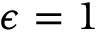
\epsilon = 1